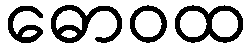
ဓောဝထ